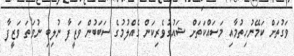
ވަގުތަށް ކަމޭނުހިތުމާއި މަސައްކަތަށް ޝައުގުވެރިކަން ގެއްލުމުގެ ސަބަބުން ވަޒީފާ ނުލިބި ނުވަތަ ވަޒީފާ